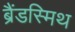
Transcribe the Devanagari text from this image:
ब्रैंडस्मिथ